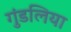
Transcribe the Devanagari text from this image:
गुंडलिया